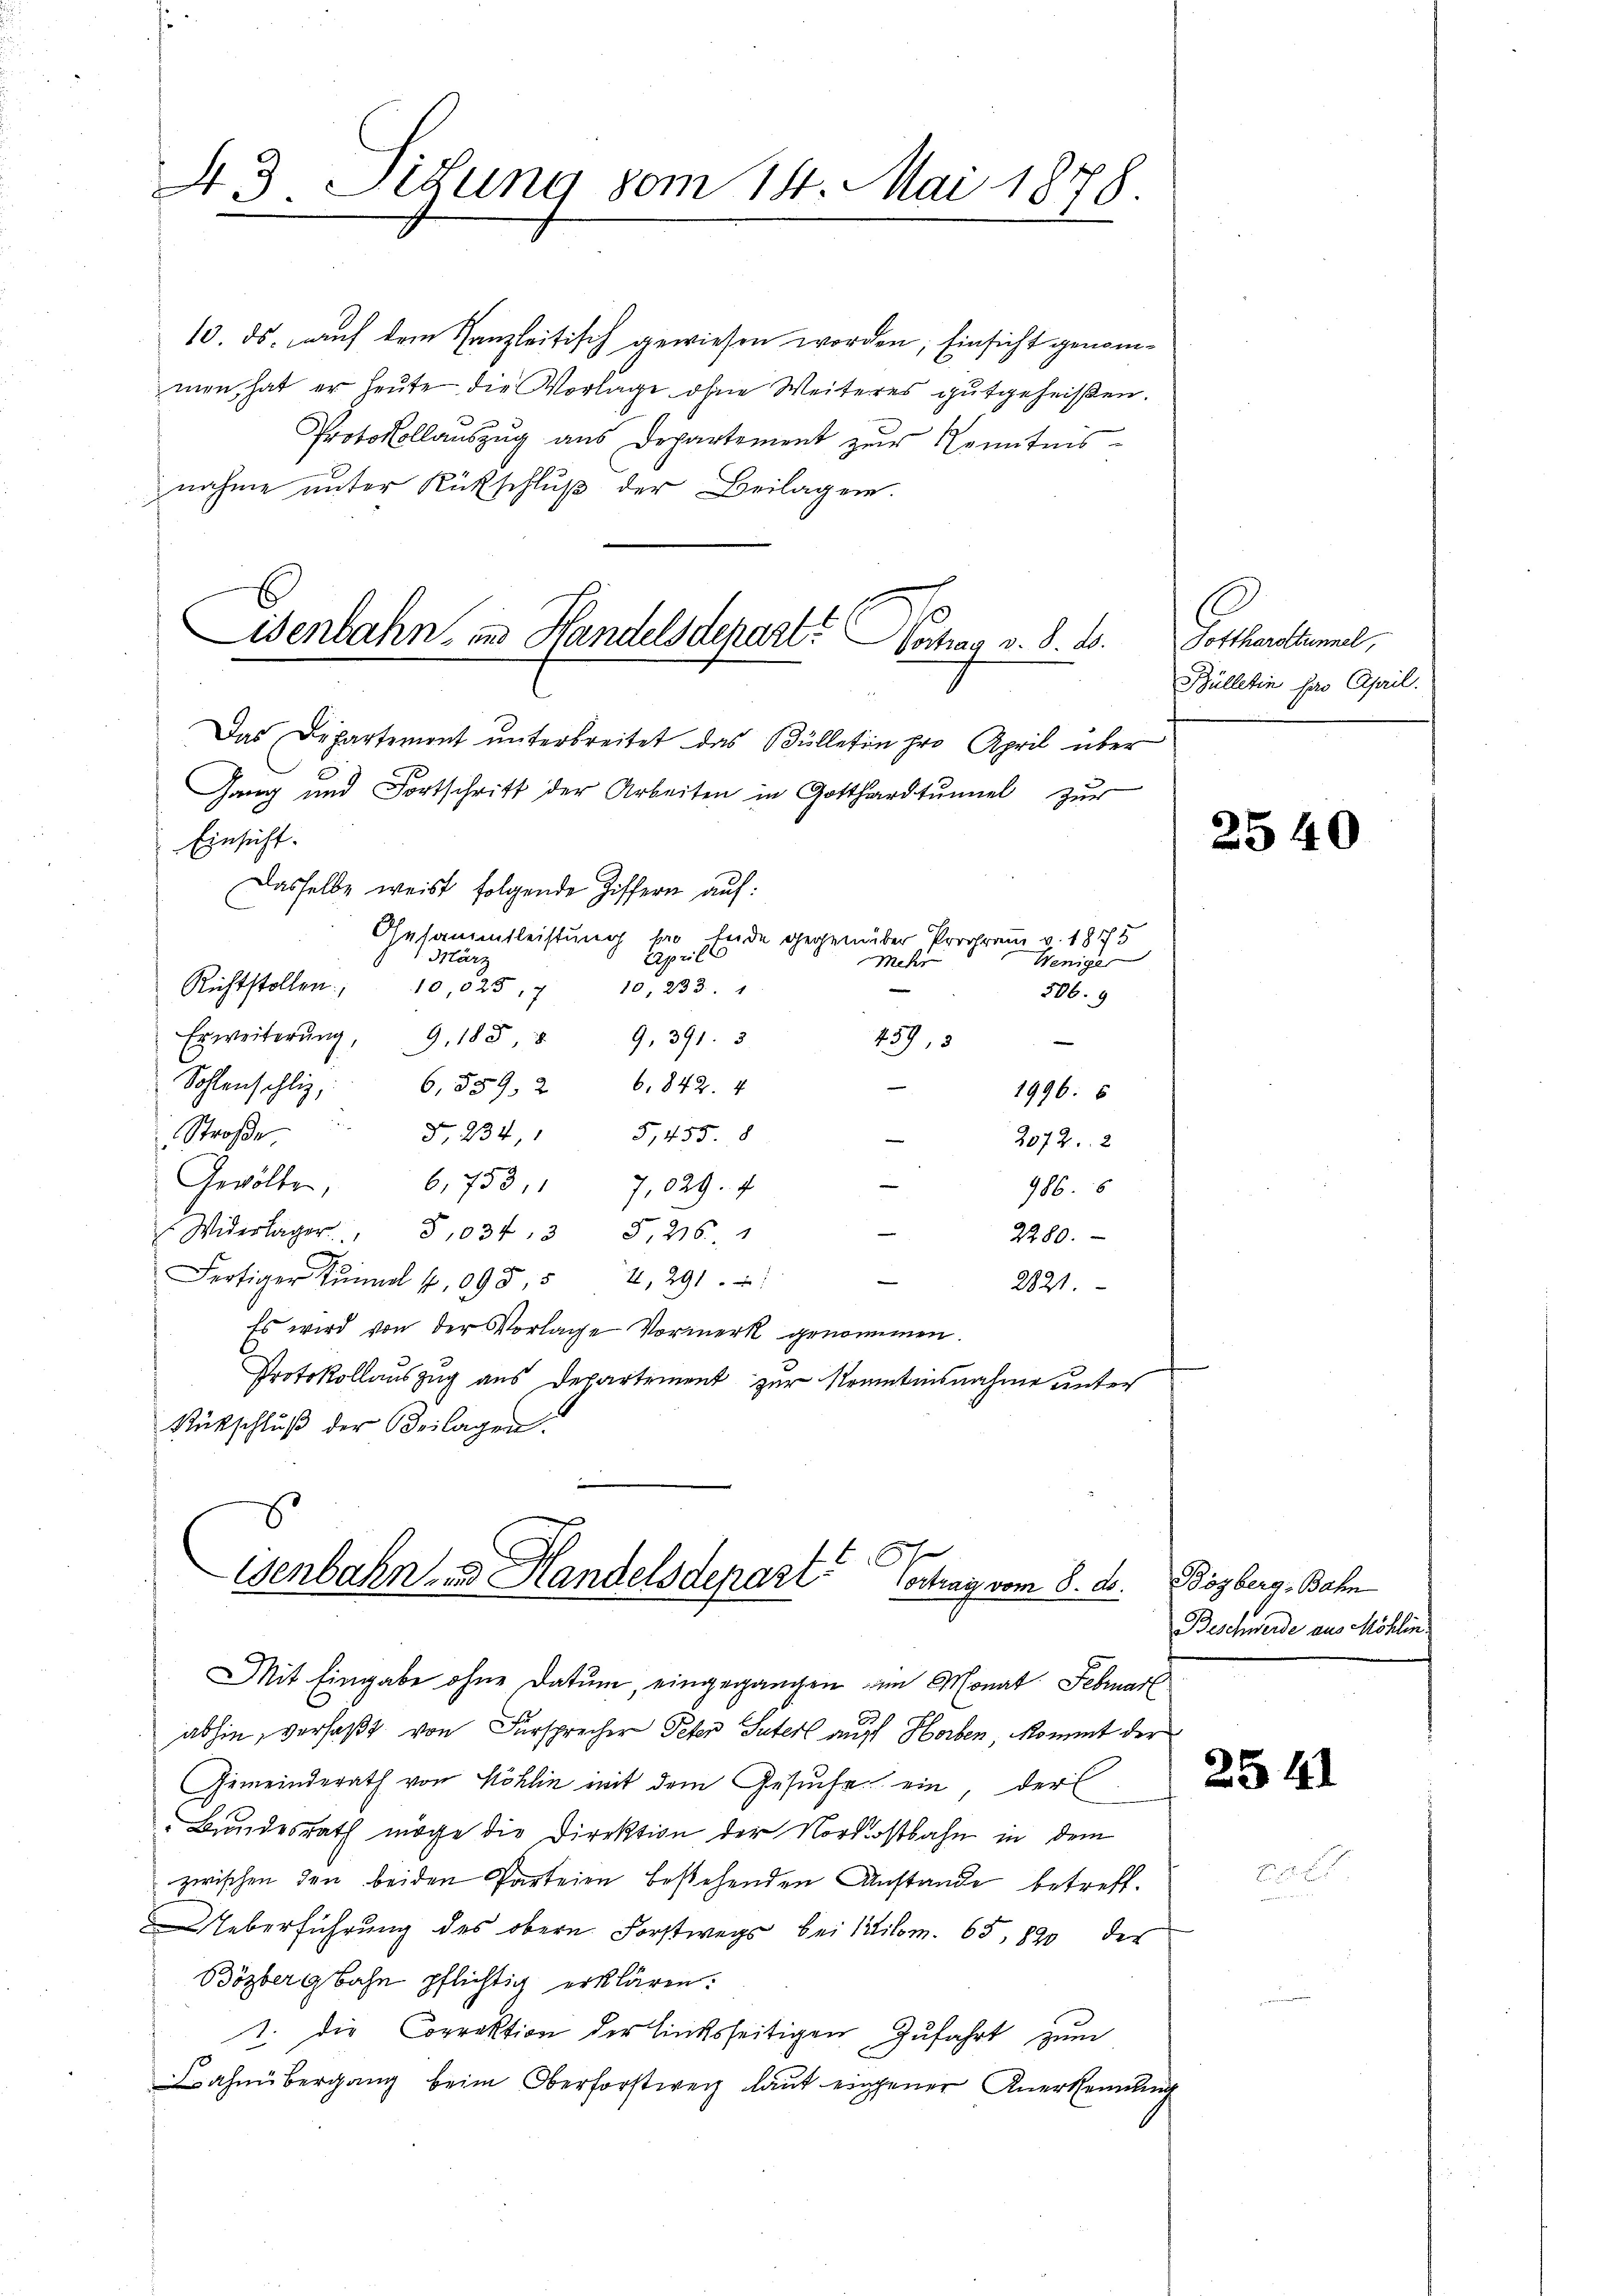
43 Situng vom 14. Mai 1878.
e

10. ds. auch dem Kanzleitisch gewiesen worden; Einsicht genommen, hat er heute die Vorlage ohne Weiteres gutgeheißen.
Protokollaŭszŭg ans Departement zŭr Kenntnis-
nahme unter Rückschluß der Beilagen.
Das Departement unterbreitet das Bülletin pro April über
Gang und Fortschrift der Arbeiten in Gotthardtŭmel zŭr
Einsicht.
Dasselbe weist folgende Ziffern auf:
Gesammtleistung bis Ende gegenüber Program v. 1875
Aprill
März
Weniger
Mehr
Richtstollen 10,525, 10, 233. 1
506. 9
Erweiterŭng 9. 1889. 391. 3
459, 3
Sohlenschli, 6, 559. 26. 842. 4
1996. 6
d. 234, 15,455. 8
Straße
2072. 2
Gewölten. 6753,17,029. 4
986. 5
n
 Widerlager.  1034, 3 S. 216. 1
2280.
e
Fertiger Tŭnl 1098, 54, 291.
2821.
Es wird von der Vorlage Vormerk genommen.
Protokollauszug aus Departement zur Krantinsnahme unter
Rückschluß der Beilagen.

isenbahn, und Handelsdepart? Vortrag v. 8. d.

5
Venbahn, Handelsdepart
Vortrag vom 8. d.

Mit Eingabe ohne Datum, eingegangen im Monat Februar
abhin, verfaßt von Fürsprecher Peter Suterl auf Horben, kommt der
Gemeinderath von Möhlin mit dem Gesuche ein der
Bundesrath möge die Direktion der Nordostbahn in dem
zwischen den beiden Parteien bestehenden Anstande betreff.
Ueberführung des obern Forstwegs bei Kilom. 65, 820 der
Bözbergbahn pflichtig erklären.
1. die Correktion der linksseitigen Zufahrt zum
ahnübergang beim Oberforstweg laut eingener Anerkennung

Gothanellemal,
Bülletin der April.

Bözberg, Bahn
Beschwerde aus Möhlin

2540

2541